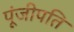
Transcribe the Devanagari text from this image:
पूंजीपति